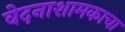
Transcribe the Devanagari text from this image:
वेदनाशामकाचा